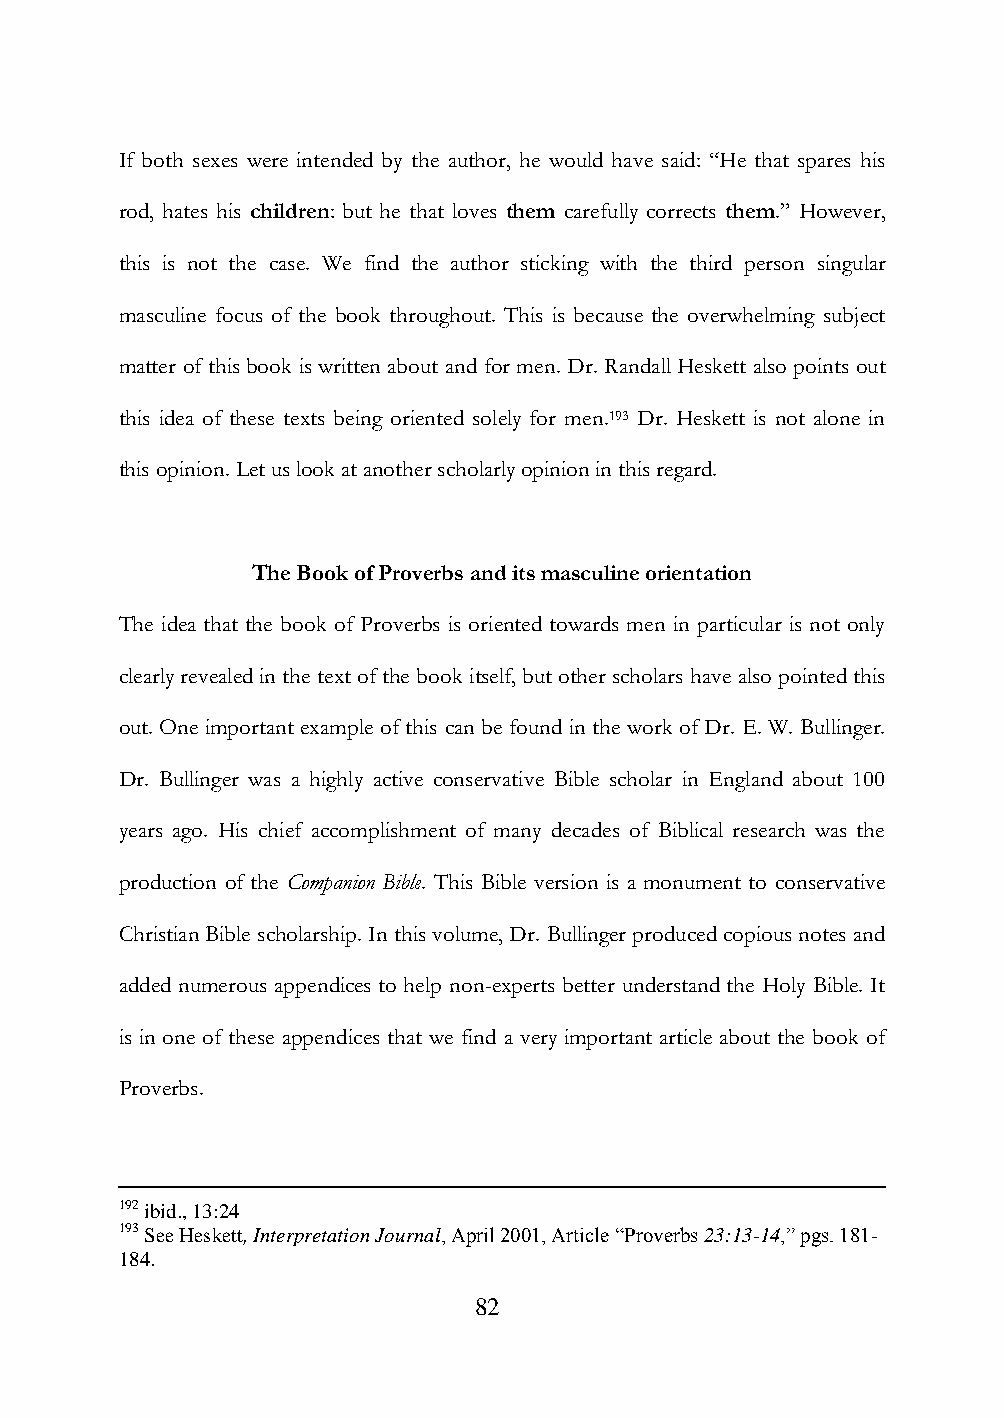
If both sexes were intended by the author, he would have said: “He that spares his
 rod, hates his children: but he that loves them carefully corrects them.” However,
 this is not the case. We find the author sticking with the third person singular
 masculine focus of the book throughout. This is because the overwhelming subject
 matter of this book is written about and for men. Dr. Randall Heskett also points out
 this idea of these texts being oriented solely for men.193 Dr. Heskett is not alone in
 this opinion. Let us look at another scholarly opinion in this regard.
 The Book of Proverbs and its masculine orientation
 The idea that the book of Proverbs is oriented towards men in particular is not only
 clearly revealed in the text of the book itself, but other scholars have also pointed this
 out. One important example of this can be found in the work of Dr. E. W. Bullinger.
 Dr. Bullinger was a highly active conservative Bible scholar in England about 100
 years ago. His chief accomplishment of many decades of Biblical research was the
 production of the Companion Bible. This Bible version is a monument to conservative
 Christian Bible scholarship. In this volume, Dr. Bullinger produced copious notes and
 added numerous appendices to help non-experts better understand the Holy Bible. It
 is in one of these appendices that we find a very important article about the book of
 Proverbs.
 192 ibid., 13:24
 193 See Heskett, Interpretation Journal, April 2001, Article “Proverbs 23:13-14,” pgs. 181-
 184.
 82